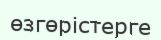
өзгөрістерге